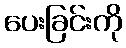
ပေးခြင်းကို